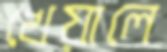
খেয়ালে